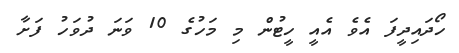
ހޯދައިދީފަ އެވެ އެއީ ހީޓުން މި މަހުގެ 10 ވަނަ ދުވަހު ފަށާ